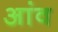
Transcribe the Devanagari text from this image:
अांव